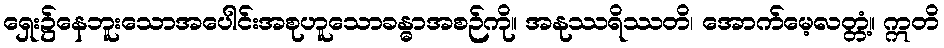
ရှေး၌နေဘူးသောအပေါင်းအစုဟူသောခန္ဓာအစဉ်ကို။ အနုဿရိဿတိ၊ အောက်မေ့လတ္တံ့။ ဣတိ